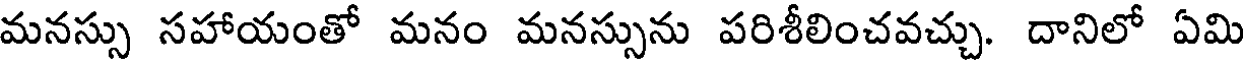
మనస్సు సహాయంతో మనం మనస్సును పరిశీలించవచ్చు. దానిలో ఏమి